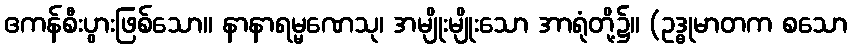
ဧကန်စီးပွားဖြစ်သော။ နာနာရမ္မဏေသု၊ အမျိုးမျိုးသော အာရုံတို့၌။ (ဥဒ္ဓုမာတက စသော